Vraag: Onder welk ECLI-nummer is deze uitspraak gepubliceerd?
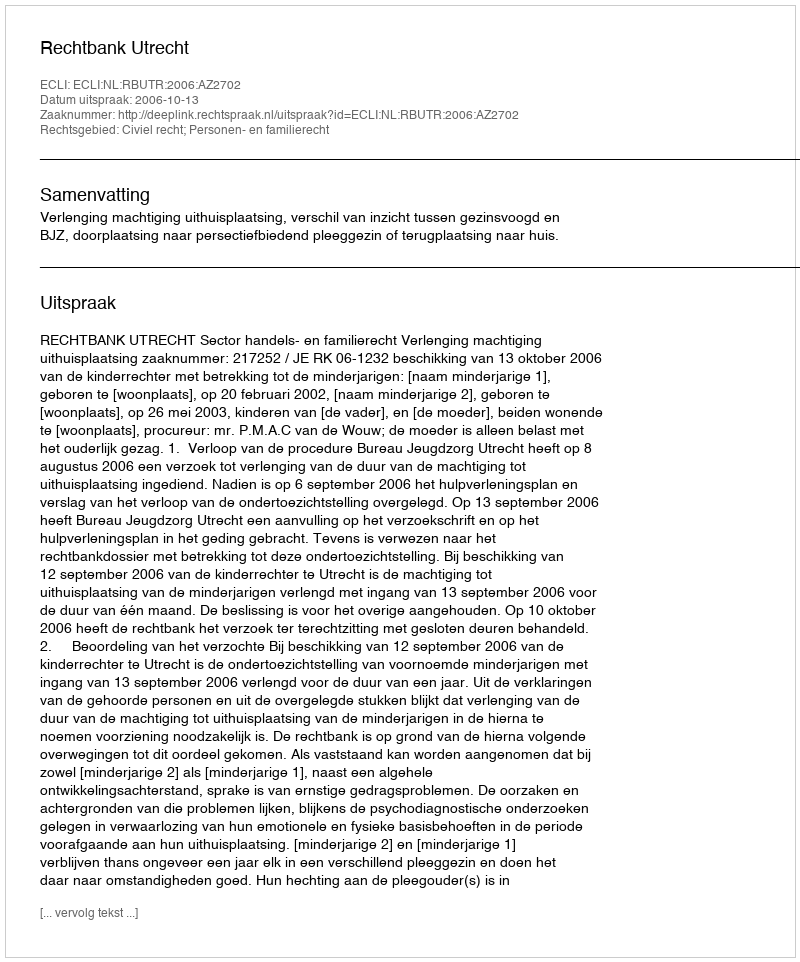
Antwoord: ECLI:NL:RBUTR:2006:AZ2702